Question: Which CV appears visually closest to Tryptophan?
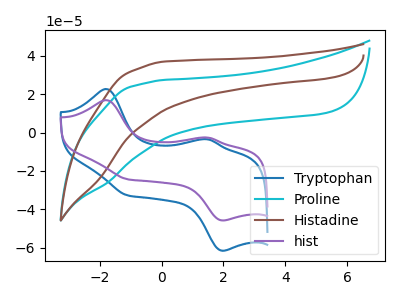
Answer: <think>The blue curve "Tryptophan" has anodic peaks at (-1.80V, 22.65uA) (1.50V, -3.55uA) and cathodic peaks at (-1.10V, -32.80uA) (2.00V, -61.70uA). The cyan curve "Proline" has no peaks. The brown curve "Histadine" has no peaks. The purple curve "hist" has anodic peaks at (-1.80V, 16.85uA) (1.50V, -2.65uA) and cathodic peaks at (-1.10V, -24.40uA) (2.00V, -45.90uA).
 "Tryptophan" and "Proline" have a different number of peaks. "Tryptophan" and "Histadine" have a different number of peaks. All the peaks in "Tryptophan" have a peak in "hist" at the same potential. Neither "Proline" or "Histadine" have any peaks. "Proline" and "hist" have a different number of peaks. "Histadine" and "hist" have a different number of peaks.</think>
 <answer>The CV with the most similar shape to "hist" is "Tryptophan".</answer>
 <eval>"Tryptophan"</eval>